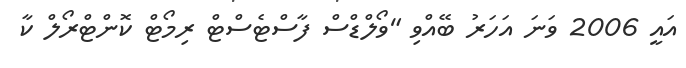
އައީ 2006 ވަނަ އަހަރު ބޭއްވި "ވޯލްޑްސް ފާސްޓެސްޓް ރިމޯޓް ކޮންޓްރޯލް ކާ